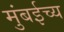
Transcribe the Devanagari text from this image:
मुंबईच्य